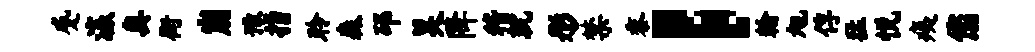
蹙瀛奥街崩豫指聆森邳昊降稽就彤禁黍；翰旭俘猛悦痍您